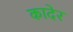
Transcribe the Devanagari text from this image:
कादेर